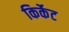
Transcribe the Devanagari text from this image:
किर्केट